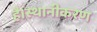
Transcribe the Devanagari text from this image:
है।स्थानीकरण